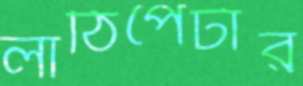
লাঠিপেটার